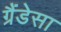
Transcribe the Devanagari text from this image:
ग्रैंडेसा